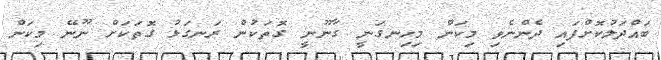
ބައްދަލުކޮށްފައި ދެންނެވި މިކަން މިހިނގަނީ ގާނޫނީ ގޮތަކުން ރަނގަޅު ގޮތަކަށް ނޫނޭ މިކަން